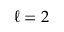
\ell = 2